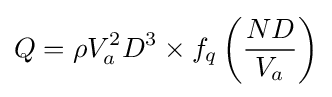
Q=\rho V_{a}^{2}D^{3}\times f_{q}\left({\frac {ND}{V_{a}}}\right)